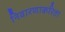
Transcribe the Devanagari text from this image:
निवारणाकरिता